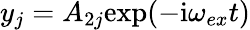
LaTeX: y_{j}=A_{2j}\mathrm{exp}(-\mathrm{i}\omega_{ex}t)